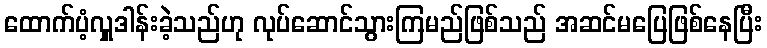
ထောက်ပံ့လှူဒါန်းခဲ့သည်ဟု လုပ်ဆောင်သွားကြမည်ဖြစ်သည် အဆင်မပြေဖြစ်နေပြီး